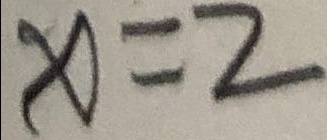
x = 2